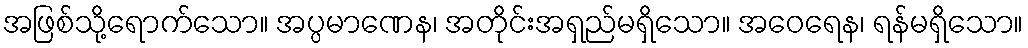
အဖြစ်သို့ရောက်သော။ အပ္ပမာဏေန၊ အတိုင်းအရှည်မရှိသော။ အဝေရေန၊ ရန်မရှိသော။